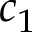
c _ { 1 }